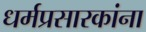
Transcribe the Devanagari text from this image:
धर्मप्रसारकांना